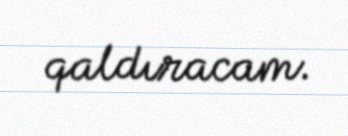
qaldıracam.